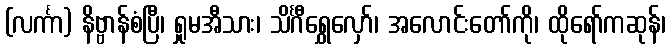
(လင်္ကာ) နိဗ္ဗာန်စံပြီ၊ ရှုမအီသား၊ သိင်္ဂီရွှေလှော်၊ အလောင်းတော်ကို၊ ထိုရော်ကဆုန်၊